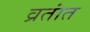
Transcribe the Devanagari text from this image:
व्रतांत